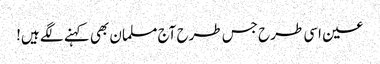
عین اسی طرح جس طرح آج مسلمان بھی کہنے لگے ہیں!